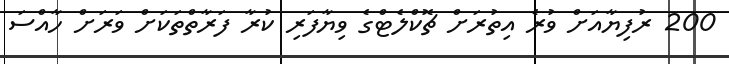
200 ރުފިޔާއަށް ވުރެ އިތުރަށް ޗޮކްލެޓްގެ ވިޔާފަރި ކުރާ ފަރާތްތަކަށް ވަރަށް ހާއްސަ